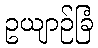
ဥယျာဉ်ခြံ